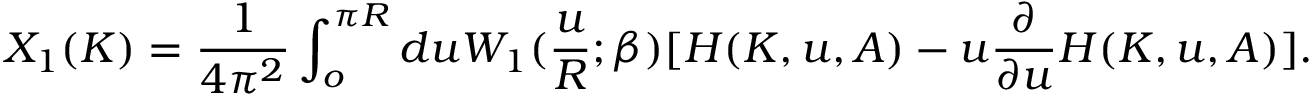
X _ { 1 } ( K ) = \frac { 1 } { 4 \pi ^ { 2 } } \int _ { o } ^ { \pi R } d u W _ { 1 } ( \frac { u } { R } ; \beta ) [ H ( K , u , A ) - u \frac { \partial } { \partial u } H ( K , u , A ) ] .